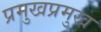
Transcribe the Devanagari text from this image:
प्रमुखप्रमुख